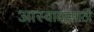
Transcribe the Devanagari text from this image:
आस्वादासाठी